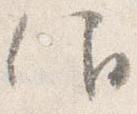
仰